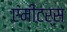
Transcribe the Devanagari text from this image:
एमीटर्स